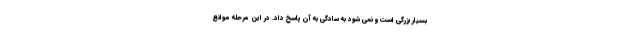
بسیار بزرگی است و نمی شود به سادگی به آن پاسخ داد. در این مرحله موانع